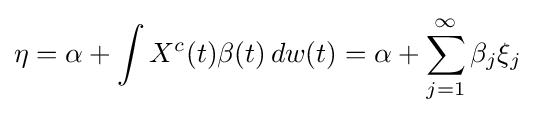
\eta =\alpha +\int X^{c}(t)\beta (t)\,dw(t)=\alpha +\sum _{j=1}^{\infty }\beta _{j}\xi _{j}